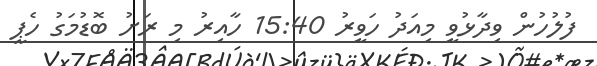
ފުލުހުން ވިދާޅުވީ މިއަދު ހަވީރު 15:40 ހާއިރު މި ރަށު ބޮޑުމަގު ހެޕީ